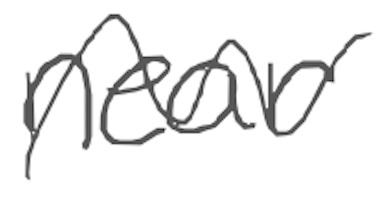
Text: near
Cross-out: mix
Writing tool: digital_gray